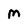
Character: M